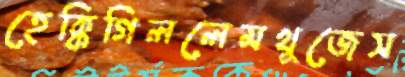
হেক্কিগিললেমখুজেস